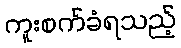
ကူးစက်ခံရသည့်